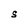
Character: S